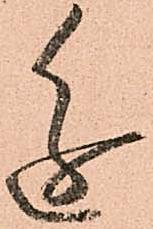
進